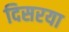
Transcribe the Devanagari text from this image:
दिसरया